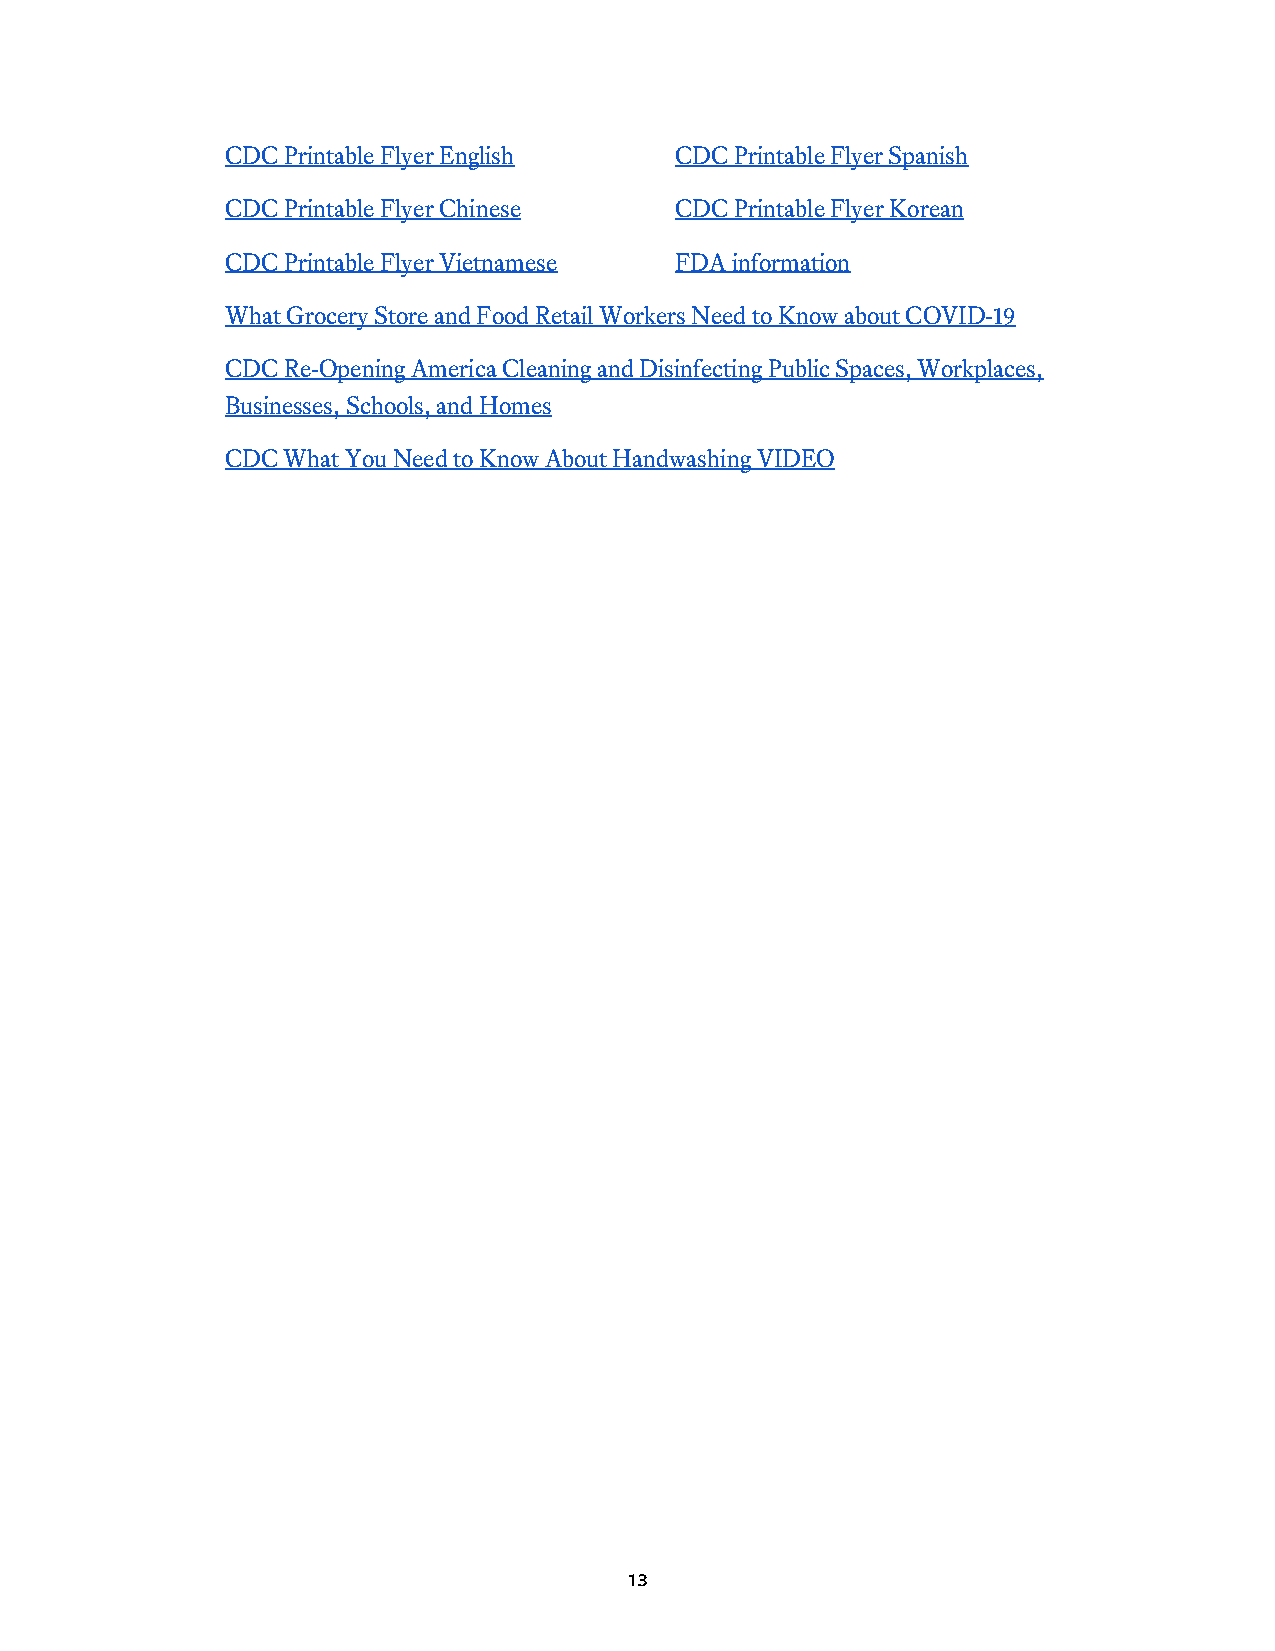
CDC Printable Flyer English   CDC Printable Flyer Spanish
 CDC Printable Flyer Chinese   CDC Printable Flyer Korean
 CDC Printable Flyer Vietnamese FDA information
 What Grocery Store and Food Retail Workers Need to Know about COVID-19
 CDC Re-Opening America Cleaning and Disinfecting Public Spaces, Workplaces,
 Businesses, Schools, and Homes
 CDC What You Need to Know About Handwashing VIDEO
 13